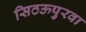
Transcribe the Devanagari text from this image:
सिठऊपुरवा